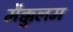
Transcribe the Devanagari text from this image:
मैक्कुलम